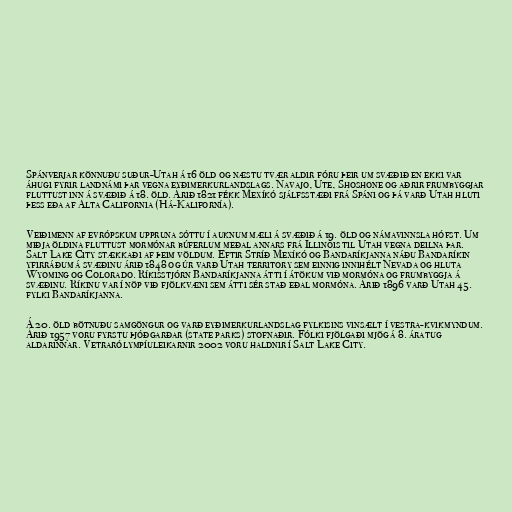
Spánverjar könnuðu suður-Utah á 16 öld og næstu tvær aldir fóru þeir um svæðið en ekki var
áhugi fyrir landnámi þar vegna eyðimerkurlandslags. Navajo, Ute, Shoshone og aðrir frumbyggjar
fluttust inn á svæðið á 18. öld. Árið 1821 fékk Mexíkó sjálfsstæði frá Spáni og þá varð Utah hluti
þess eða af Alta California (Há-Kalifornía).

Veiðimenn af evrópskum uppruna sóttu í auknum mæli á svæðið á 19. öld og námavinnsla hófst. Um
miðja öldina fluttust mormónar búferlum meðal annars frá Illinois til Utah vegna deilna þar.
Salt Lake City stækkaði af þeim völdum. Eftir Stríð Mexíkó og Bandaríkjanna náðu Bandaríkin
yfirráðum á svæðinu árið 1848 og úr varð Utah territory sem einnig innihélt Nevada og hluta
Wyoming og Colorado. Ríkisstjórn Bandaríkjanna átti í átökum við mormóna og frumbyggja á
svæðinu. Ríkinu var í nöp við fjölkvæni sem átti sér stað eðal mormóna. Árið 1896 varð Utah 45.
fylki Bandaríkjanna.

Á 20. öld bötnuðu samgöngur og varð eyðimerkurlandslag fylkisins vinsælt í vestra-kvikmyndum.
Árið 1957 voru fyrstu þjóðgarðar (state parks) stofnaðir. Fólki fjölgaði mjög á 8. áratug
aldarinnar. Vetrarólympíuleikarnir 2002 voru haldnir í Salt Lake City.